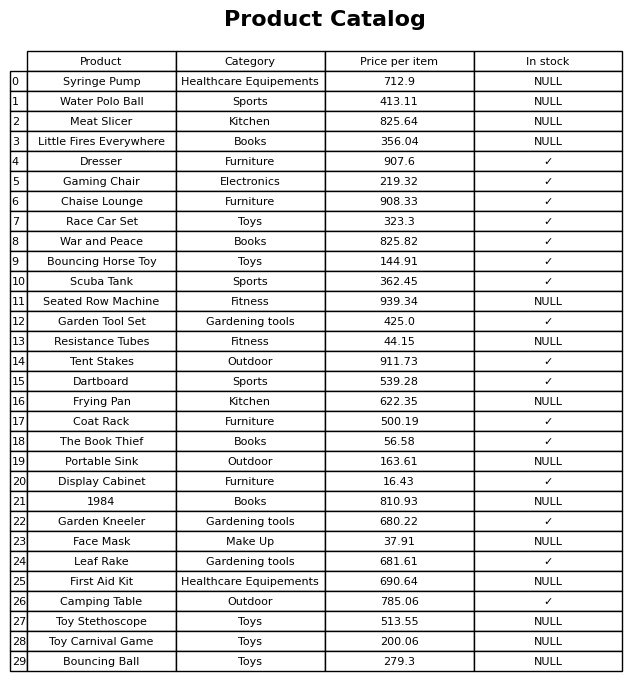
question: What is the price of the War and Peace?
answer: The price of War and Peace is 825.82.